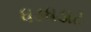
ધડધડાટ